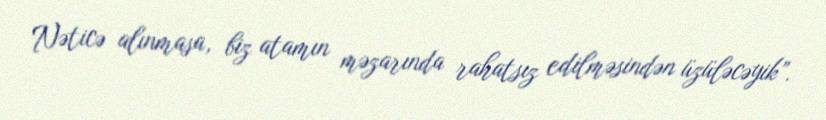
Nəticə alınmasa, biz atamın məzarında rahatsız edilməsindən üzüləcəyik”.